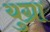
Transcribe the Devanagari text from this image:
युग्रा